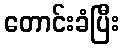
တောင်းခံပြီး